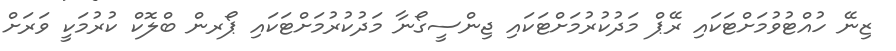
ޒިނޭ ހުއްޓުވުމަށްޓަކައި ރޭޕް މަދުކުރުމަށްޓަކައި ޖިންސީގޯނާ މަދުކުރުމަށްޓަކައި ޕޯރން ބްލޮކް ކުރުމަކީ ވަރަށް